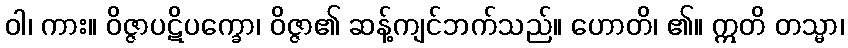
ဝါ၊ ကား။ ဝိဇ္ဇာပဋိပက္ခော၊ ဝိဇ္ဇာ၏ ဆန့်ကျင်ဘက်သည်။ ဟောတိ၊ ၏။ ဣတိ တသ္မာ၊